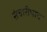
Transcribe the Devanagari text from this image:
संचारीभाव